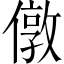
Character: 𠎄